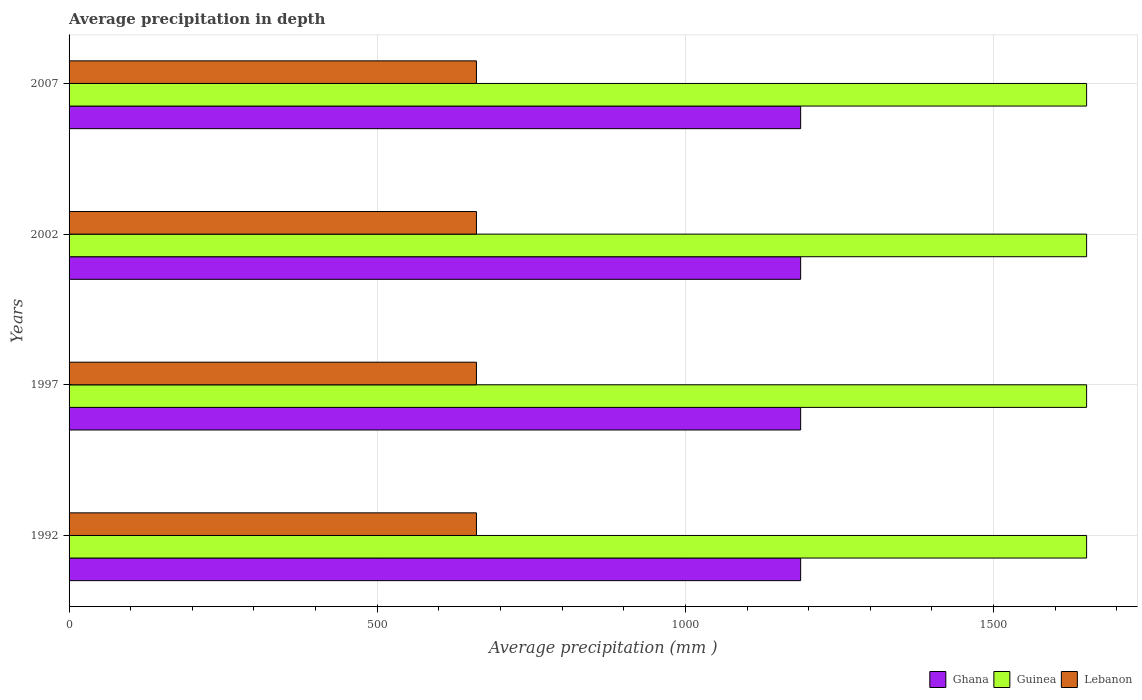
| Years | Ghana | Guinea | Lebanon |
 | --- | --- | --- | --- |
 | 1992 | 1.19e+03 | 1.65e+03 | 661 |
 | 1997 | 1.19e+03 | 1.65e+03 | 661 |
 | 2002 | 1.19e+03 | 1.65e+03 | 661 |
 | 2007 | 1.19e+03 | 1.65e+03 | 661 |